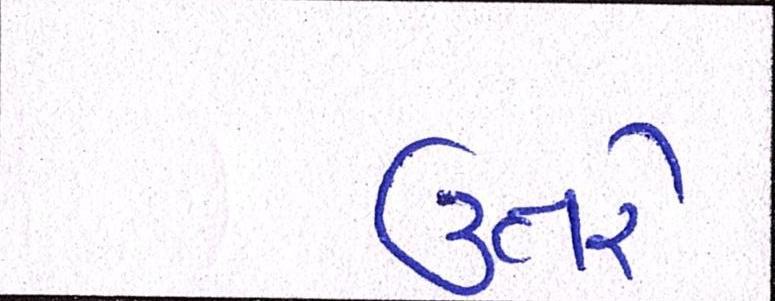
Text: ઊતરે